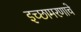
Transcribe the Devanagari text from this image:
इच्छामरणाचे